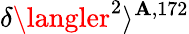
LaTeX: \delta\langler^{2}\rangle^{\mathbf{A},172}